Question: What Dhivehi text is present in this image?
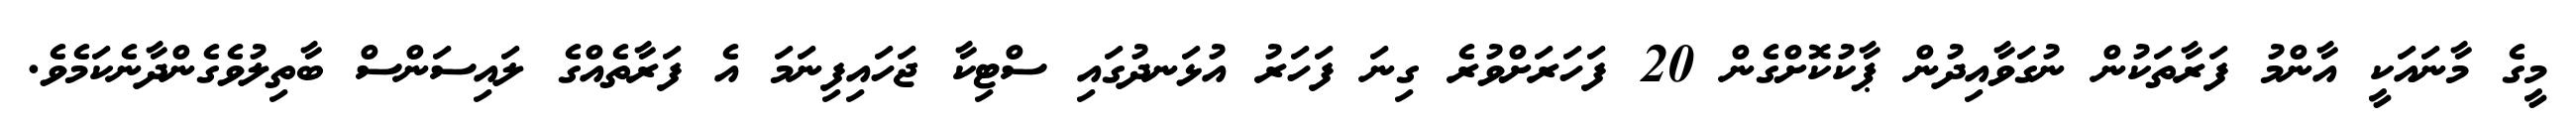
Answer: މީގެ މާނައަކީ އާންމު ފަރާތަކުން ނުގަވާއިދުން ޕާކުކޮށްގެން 20 ފަހަރަށްވުރެ ގިނަ ފަހަރު އުޅަނދުގައި ސްޓިކާ ޖަހައިފިނަމަ އެ ފަރާތެއްގެ ލައިސަންސް ބާތިލުވެގެންދާނެކަމެވެ.